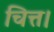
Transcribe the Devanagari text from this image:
चित्त।